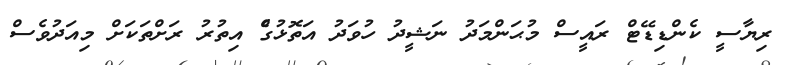
ރިޔާސީ ކެންޑިޑޭޓް ރައީސް މުޙަންމަދު ނަޝީދު ހުވަދު އަތޮޅުގެް އިތުރު ރަށްތަކަށް މިއަދުވެސް